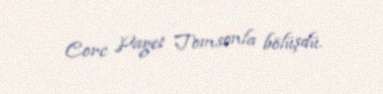
Corc Paget Tomsonla bölüşdü.